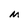
Character: M